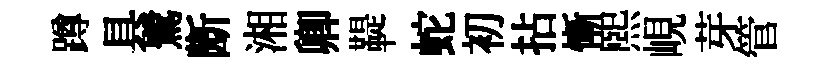
蹲具鷺㫁湘卿鞮蛇初拈慚熙峴芽管